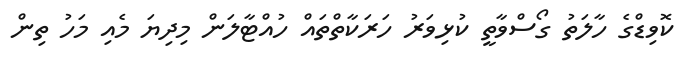
ކޮވިޑްގެ ހާލަތު ގޯސްވާތީ ކުޅިވަރު ހަރަކާތްތައް ހުއްޓާލަން މިދިޔަ މެއި މަހު ތިން